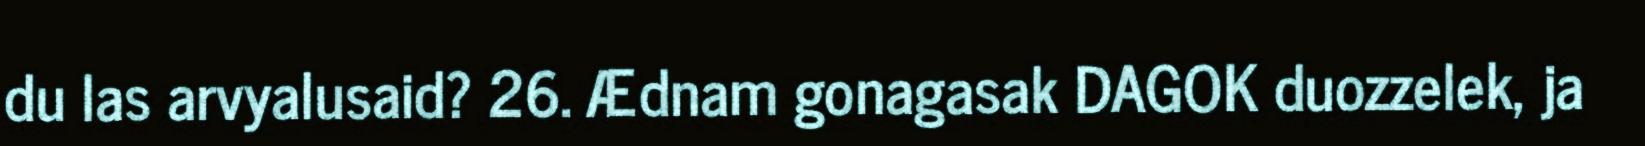
du las arvyalusaid? 26. Ædnam gonagasak DAGOK duozzelek, ja